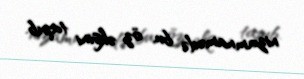
nizamnamədə bu, öz əksini tapıb.